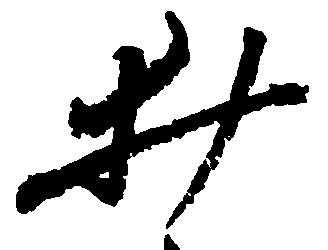
井